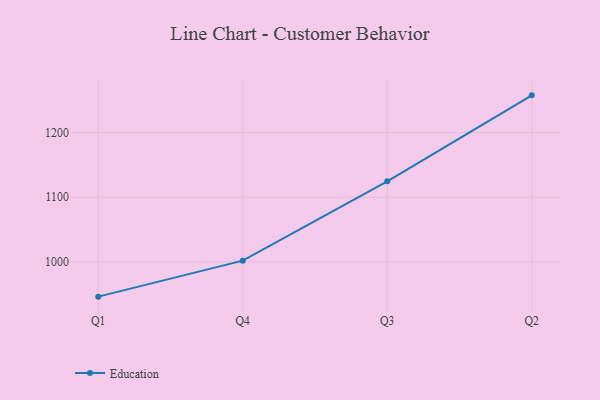
{"axis": {"x": "Quarter", "y": "Revenue (USD Million)"}, "legend": ["Education"], "data": [{"x": "Q1", "y": 946.2, "type": "Education"}, {"x": "Q4", "y": 1001.9, "type": "Education"}, {"x": "Q3", "y": 1124.7, "type": "Education"}, {"x": "Q2", "y": 1257.7, "type": "Education"}]}